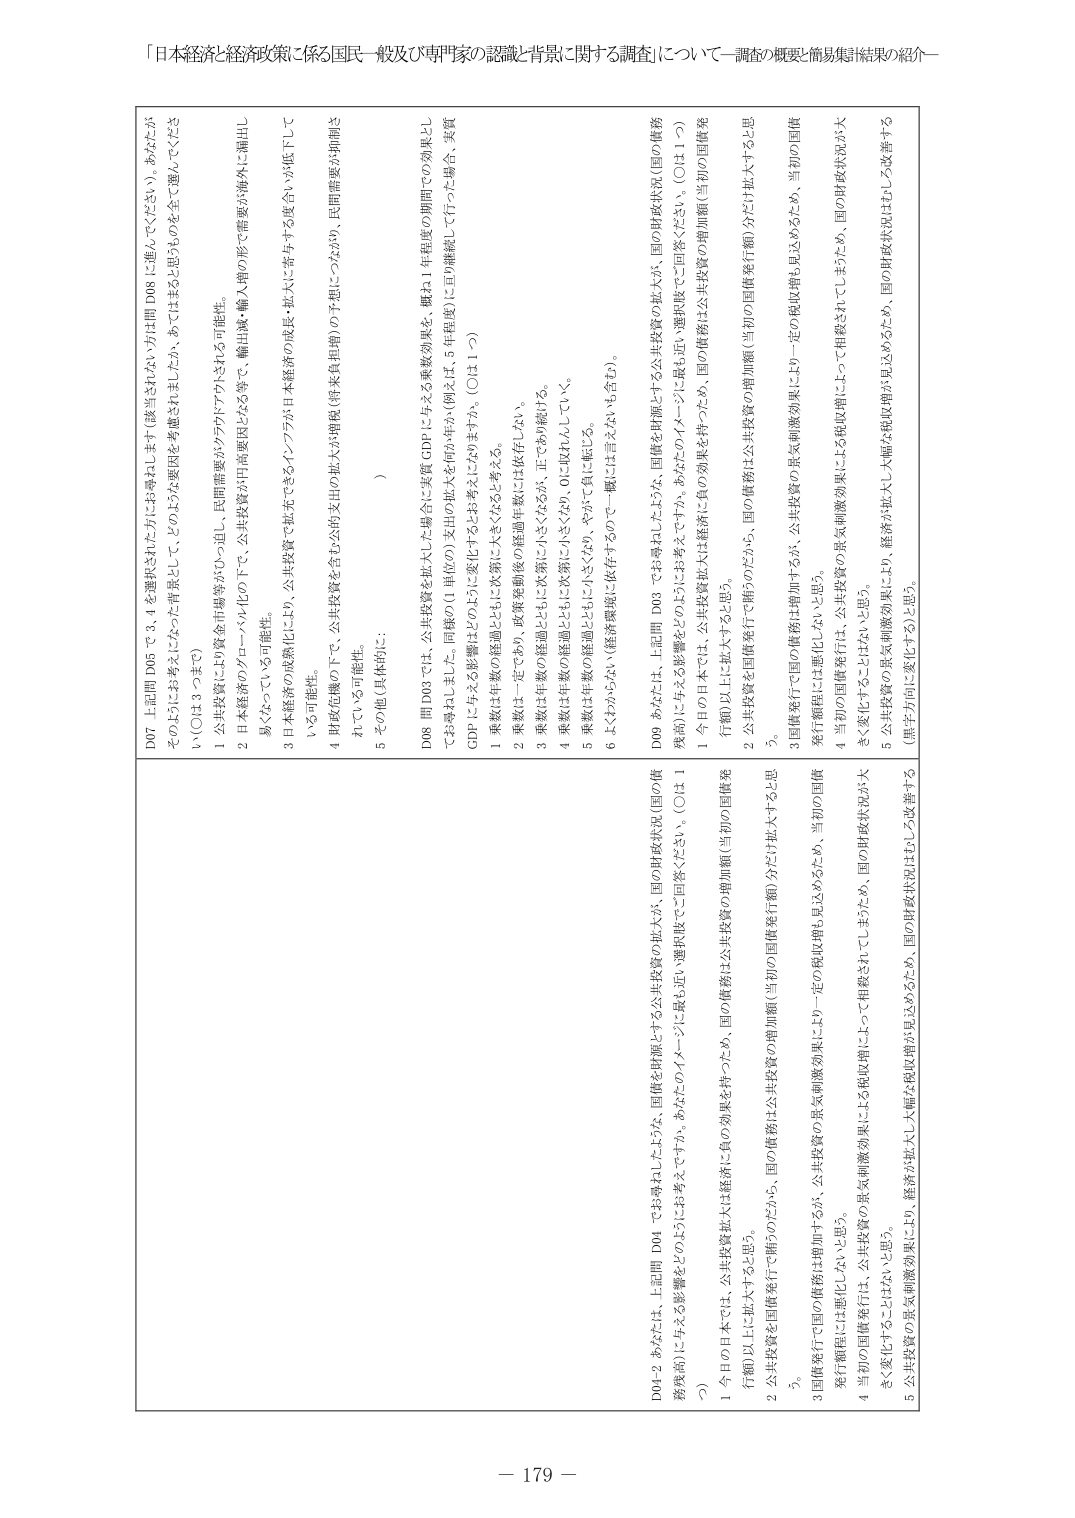
「日本経済と経済政策に係る国民一般及び専門家の認識・背景に関する調査」について－調査の概要・簡易集計結果の紹介－

D04-2 あなたは、上記問 D04 でお尋ねしたような、国債を財源とする公共投資の拡大が、国債を財源とする公共投資の拡大が、国の財政状況（国の債務残高）に与える影響をどのようにお考えですか。あらかじめイメージを最も近い選択肢でご回答ください。（○は1つ）

1 今の日本では、公共投資拡大は経済に負の効果を持つため、国の債務は公共投資の増加額（当初の国債発行額）以上に拡大すると思う。

2 公共投資を国債発行で賄うのだから、国の債務は公共投資の増加額（当初の国債発行額）分だけ拡大すると思う。

3 国債発行で国の債務は増加するが、公共投資の景気刺激効果により一定の税収増も見込めるため、当初の国債発行額程には悪化しないと思う。

4 当初の国債発行は、公共投資の景気刺激効果による税収増によって相殺されてしまうため、国の財政状況が大きく変化することはないと思う。

5 公共投資の景気刺激効果により、経済が拡大し大幅な税収増が見込めるため、国の財政状況はむしろ改善する（黒字方向に変化する）と思う。

D07 上記問 D05 で 3, 4 を選択された方にお尋ねします（該当されない方は問 D08 に進んでください）。あなたがそのようにお考えになった背景として、どのような要因を考慮されたか、あてはまると思うものを全て選んでください（○は3つまで）

1 公共投資により資金市場等がひっ迫し、民間需要がクランプアウトされる可能性。

2 日本経済のグローバル化の下で、公共投資が円高要因となる等で、輸出減・輸入増の形で需要が海外に漏出し易くなっている可能性。

3 日本経済の成熟化により、公共投資で拡充できるインフラが日本経済の成長・拡大に寄与する度合いが低下している可能性。

4 財政危機の下で、公共投資を含む公共支出の拡大が増税（将来負担増）の予想につながり、民間需要を抑制されている可能性。

5 その他（具体的に： ）

D08 問 D03 では、公共投資を拡大した場合に実質 GDP に与える乗数効果を、概ね1.1 年度度の期間での効果としてお尋ねしました。同様の（1 単位の）支出の拡大を何か年か（例えば、5 年程度）に亘り継続的に行った場合、実質 GDP に与える影響はどのように変化するとお考えになりますか。（○は1つ）

1 乗数は年数の経過とともに次第に大きくなると考える。

2 乗数は一定であり、政策を継続後の経過年数には依存しない。

3 乗数は年数の経過とともに次第に小さくなるが、正であり続ける。

4 乗数は年数の経過とともに次第に小さくなり、0に近づく。

5 乗数は年数の経過とともに小さくなり、やがて負に転じる。

6 よくわからない（経済環境に依存するので一概には言えないも含む）。

D09 あなたは、上記問 D03 でお尋ねしたような、国債を財源とする公共投資の拡大が、国の財政状況（国の債務残高）に与える影響をどのようにお考えですか。あらかじめイメージを最も近い選択肢でご回答ください。（○は1つ）

1 今の日本では、公共投資拡大は経済に負の効果を持つため、国の債務は公共投資の増加額（当初の国債発行額）以上に拡大すると思う。

2 公共投資を国債発行で賄うのだから、国の債務は公共投資の増加額（当初の国債発行額）分だけ拡大すると思う。

3 国債発行で国の債務は増加するが、公共投資の景気刺激効果により一定の税収増も見込めるため、当初の国債発行額程には悪化しないと思う。

4 当初の国債発行は、公共投資の景気刺激効果による税収増によって相殺されてしまうため、国の財政状況が大きく変化することはないと思う。

5 公共投資の景気刺激効果により、経済が拡大し大幅な税収増が見込めるため、国の財政状況はむしろ改善する（黒字方向に変化する）と思う。

－ 179 －